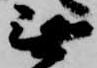
無